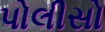
પોલીસો